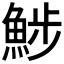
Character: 𩷖